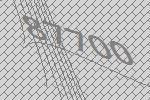
87700